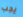
يجب